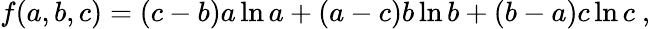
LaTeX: f(a,b,c)=(c-b)a\ln a+(a-c)b\ln b+(b-a)c\ln c~,